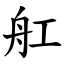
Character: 舡